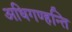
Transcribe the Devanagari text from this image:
अधिगण्हन्ति